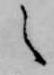
之